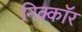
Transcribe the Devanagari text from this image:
निक्कॉर